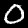
Digit: 0